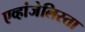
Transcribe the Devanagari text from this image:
एव्हांजेलिस्ता